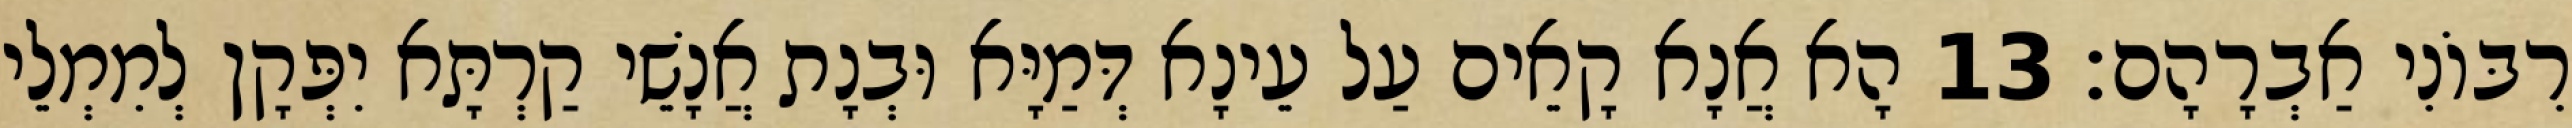
רִבּוֹנִי אַבְרָהָם׃ 13 הָא אֲנָא קָאֵים עַל עֵינָא דְּמַיָּא וּבְנָת אֲנָשֵׁי קַרְתָּא יִפְּקָן לְמִמְלֵי